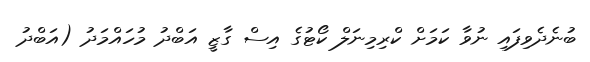
ބުނެދެވިފައި ނުވާ ކަމަށް ކްރިމިނަލް ކޯޓުގެ އިސް ގާޒީ އަބްދު މުހައްމަދު (އަބްދު